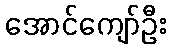
အောင်ကျော်ဦး